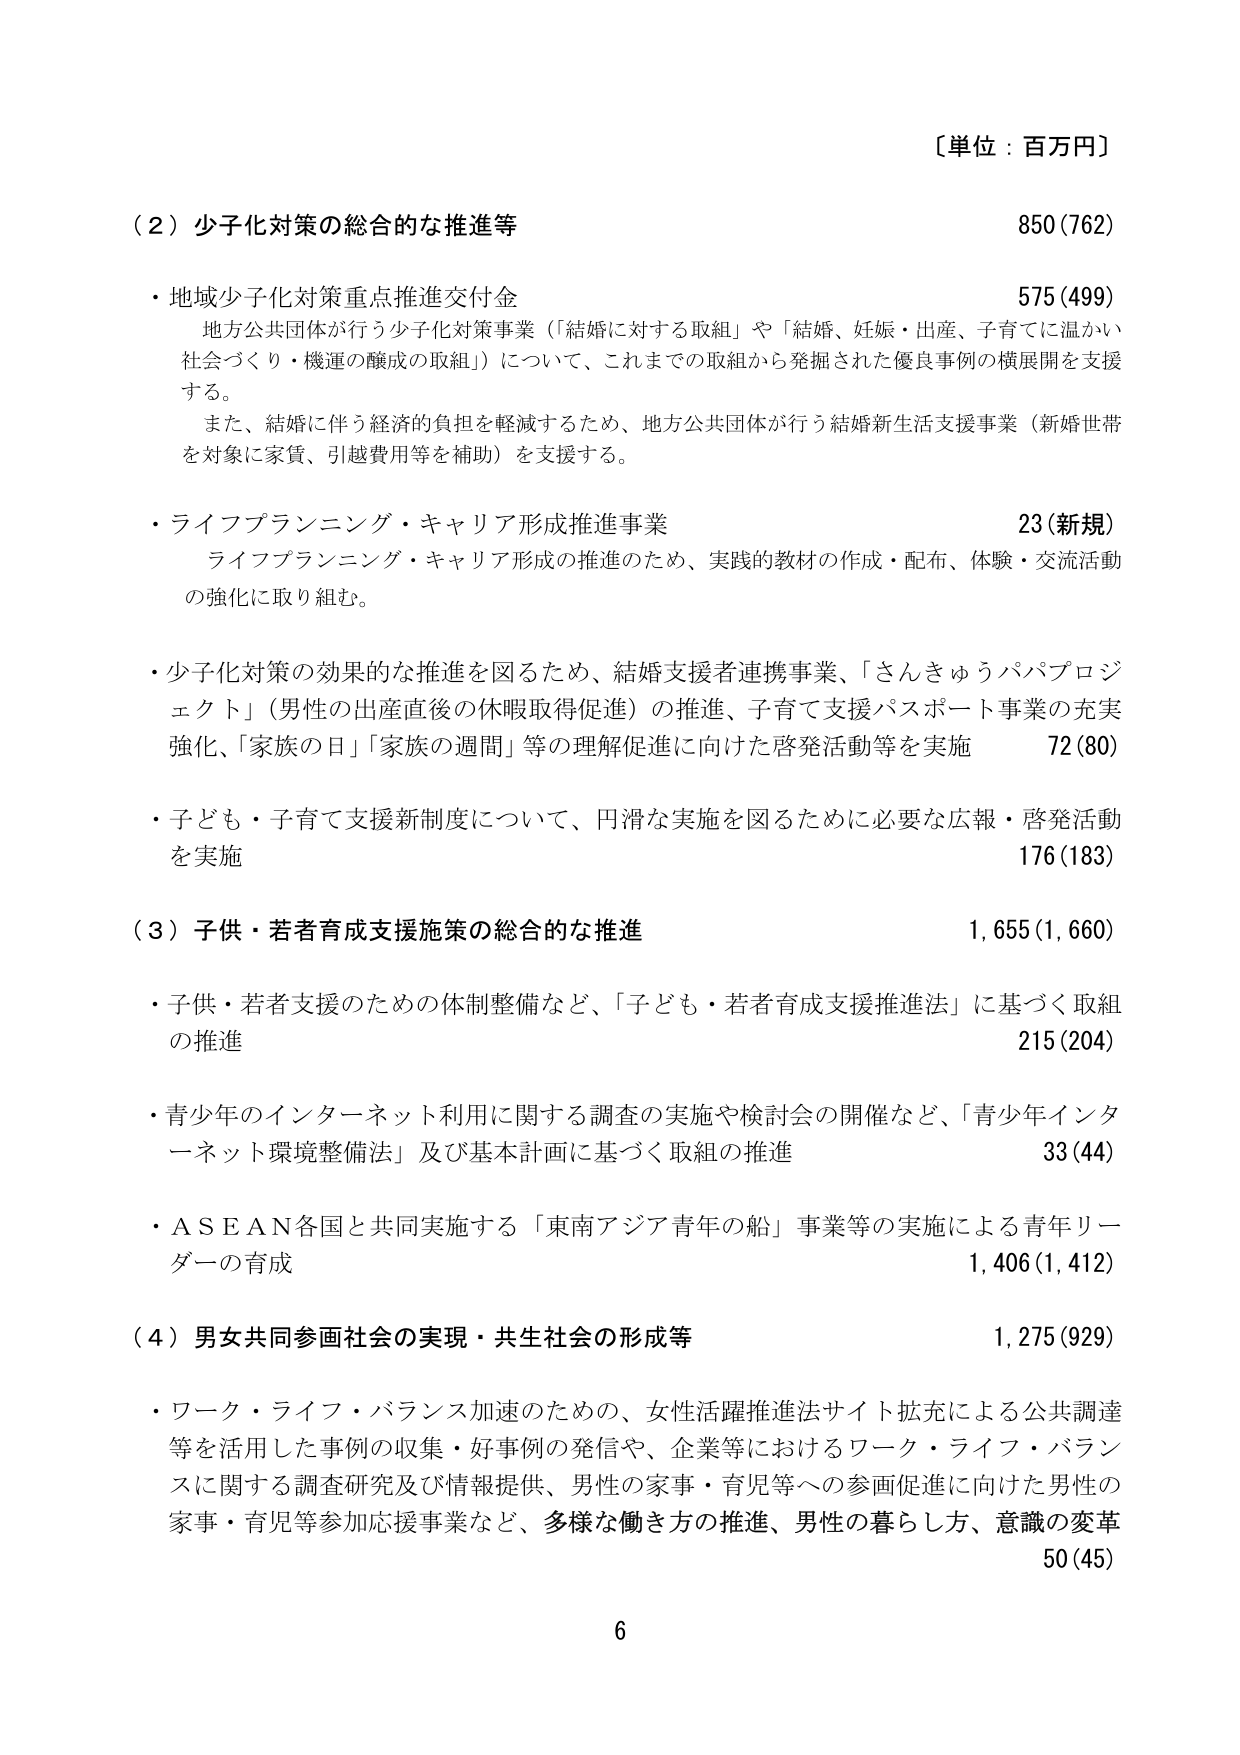
〔単位：百万円〕

（２）少子化対策の総合的な推進等 850(762)

・地域少子化対策重点推進交付金 575(499)
　地方公共団体が行う少子化対策事業（「結婚に対する取組」や「結婚、妊娠・出産、子育てに温かい
　社会づくり・機運の醸成の取組」）について、これまでの取組から発掘された優良事例の横展開を支援
　する。
　また、結婚に伴う経済的負担を軽減するため、地方公共団体が行う結婚新生活支援事業（新婚世帯
　を対象に家賃、引越費用等を補助）を支援する。

・ライフプランニング・キャリア形成推進事業 23(新規)
　ライフプランニング・キャリア形成の推進のため、実践的教材の作成・配布、体験・交流活動
　の強化に取り組む。

・少子化対策の効果的な推進を図るため、結婚支援者連携事業、「さんきゅうパパプロジェクト」（男性の出産直後の休暇取得促進）の推進、子育て支援パスポート事業の充実強化、「家族の日」「家族の週間」等の理解促進に向けた啓発活動等を実施 72(80)

・子ども・子育て支援新制度について、円滑な実施を図るために必要な広報・啓発活動を実施 176(183)

（３）子供・若者育成支援施策の総合的な推進 1,655(1,660)

・子供・若者支援のための体制整備など、「子ども・若者育成支援推進法」に基づく取組の推進 215(204)

・青少年のインターネット利用に関する調査の実施や検討会の開催など、「青少年インターネット環境整備法」及び基本計画に基づく取組の推進 33(44)

・ＡＳＥＡＮ各国と共同実施する「東南アジア青年の船」事業等の実施による青年リーダーの育成 1,406(1,412)

（４）男女共同参画社会の実現・共生社会の形成等 1,275(929)

・ワーク・ライフ・バランス加速のための、女性活躍推進法サイト拡充による公共調達等を活用した事例の収集・好事例の発信や、企業等におけるワーク・ライフ・バランスに関する調査研究及び情報提供、男性の家事・育児等への参画促進に向けた男性の家事・育児等参加応援事業など、多様な働き方の推進、男性の暮らし方、意識の変革 50(45)

6